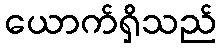
ယောက်ရှိသည်